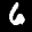
Label: 6